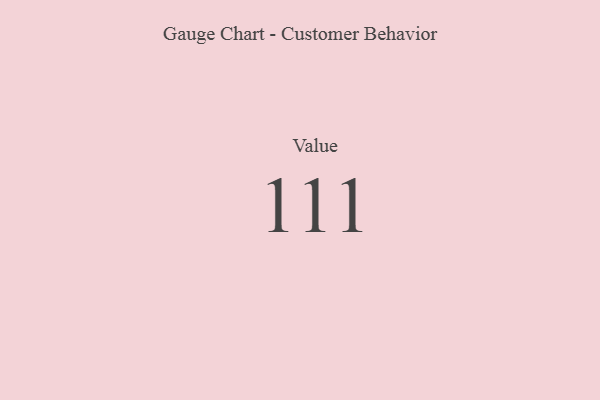
{"axis": {"x": "Metric", "y": "Value"}, "legend": [""], "data": [{"x": "Value", "y": 111, "type": ""}]}